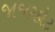
જાજરકોટ